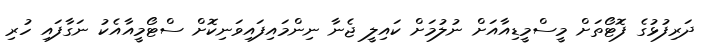
ދަރިފުޅުގެ ފޮޓޯތަށް މީސްމީޑިއާއަށް ނުލުމަށް ކައިލީ ޖެނާ ނިންމައިފައިވަނިކޮށް ސްޓޯމީއާއެކު ނަގާފައި ހުރި